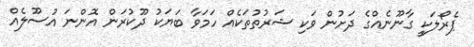
ޕެރޯލަކީ ގާނޫނެއްގެ ދަށުން ވަކި ޝަރުތުތަކެއް ހަމަވާ ބަޔަކު ދޫކުރަން އޮންނަ އުސޫލެއް